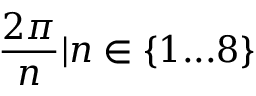
\frac { 2 \pi } { n } | n \in \left\lbrace 1 . . . 8 \right\rbrace